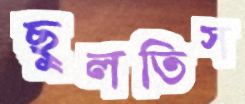
ছুলতিস